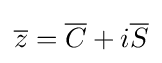
{\overline {z}}={\overline {C}}+i{\overline {S}}